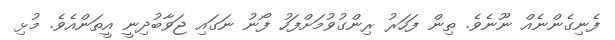
ފެނިގެންނެއް ނޫނެވެ. ތިން ފަހަރު ރިންގުވުމަށްފަހު ފޯނު ނަގައި ޖަވާބުދިނީ އީތަންއެވެ. މުޅި